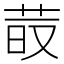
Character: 𦰨